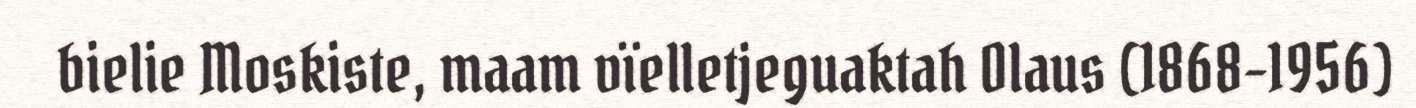
bielie Moskiste, maam vïelletjeguaktah Olaus (1868-1956)